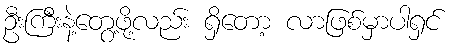
ဦးကြီးနဲ့တွေ့ဖို့လည်း ရှိတော့ လာဖြစ်မှာပါရှင်